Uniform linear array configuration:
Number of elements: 12
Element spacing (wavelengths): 0.75
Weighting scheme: blackman
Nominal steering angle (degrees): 30
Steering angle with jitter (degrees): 30.434
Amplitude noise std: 0.05
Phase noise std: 0.05

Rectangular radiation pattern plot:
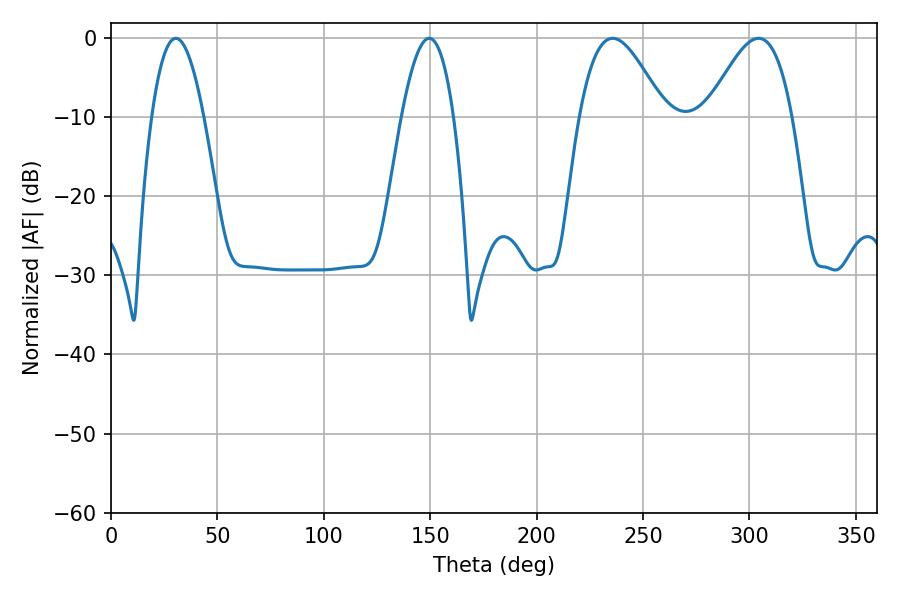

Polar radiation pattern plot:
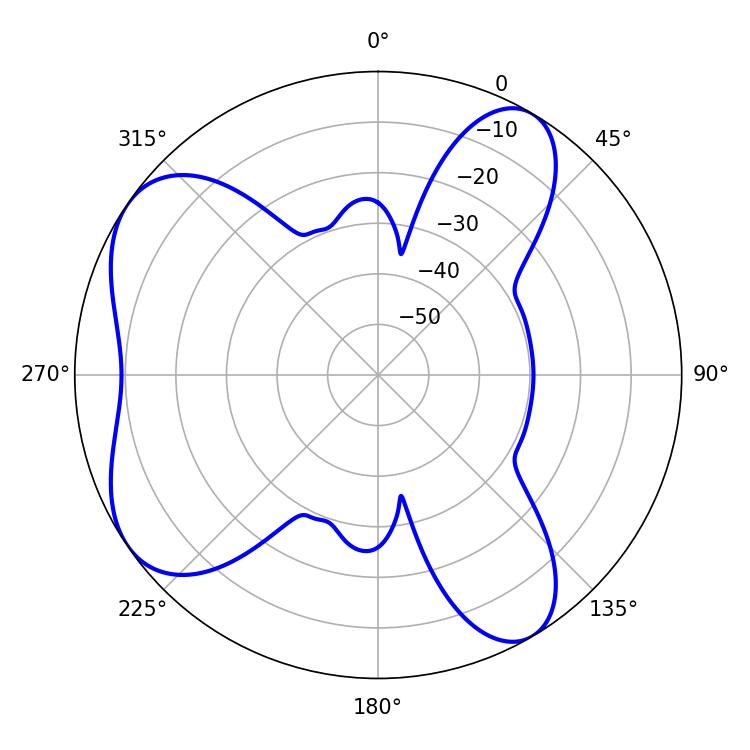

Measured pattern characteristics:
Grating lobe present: TRUE
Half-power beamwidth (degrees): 13.5
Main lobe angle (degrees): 30.42